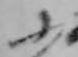
ふ